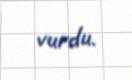
vurdu.